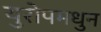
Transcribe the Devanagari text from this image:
युरोपमधुन